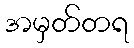
အမှတ်တရ